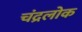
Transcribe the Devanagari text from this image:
चंद्रलोक